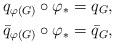
\begin{align*}q_{\varphi(G)}\circ \varphi_* &=q_G, \\\bar{q}_{\varphi(G)}\circ \varphi_* &=\bar{q}_G,\end{align*}